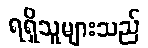
ရရှိသူများသည်